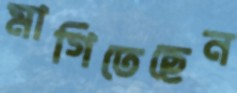
মাগিতেছেন